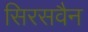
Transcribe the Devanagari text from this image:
सिरसवैन